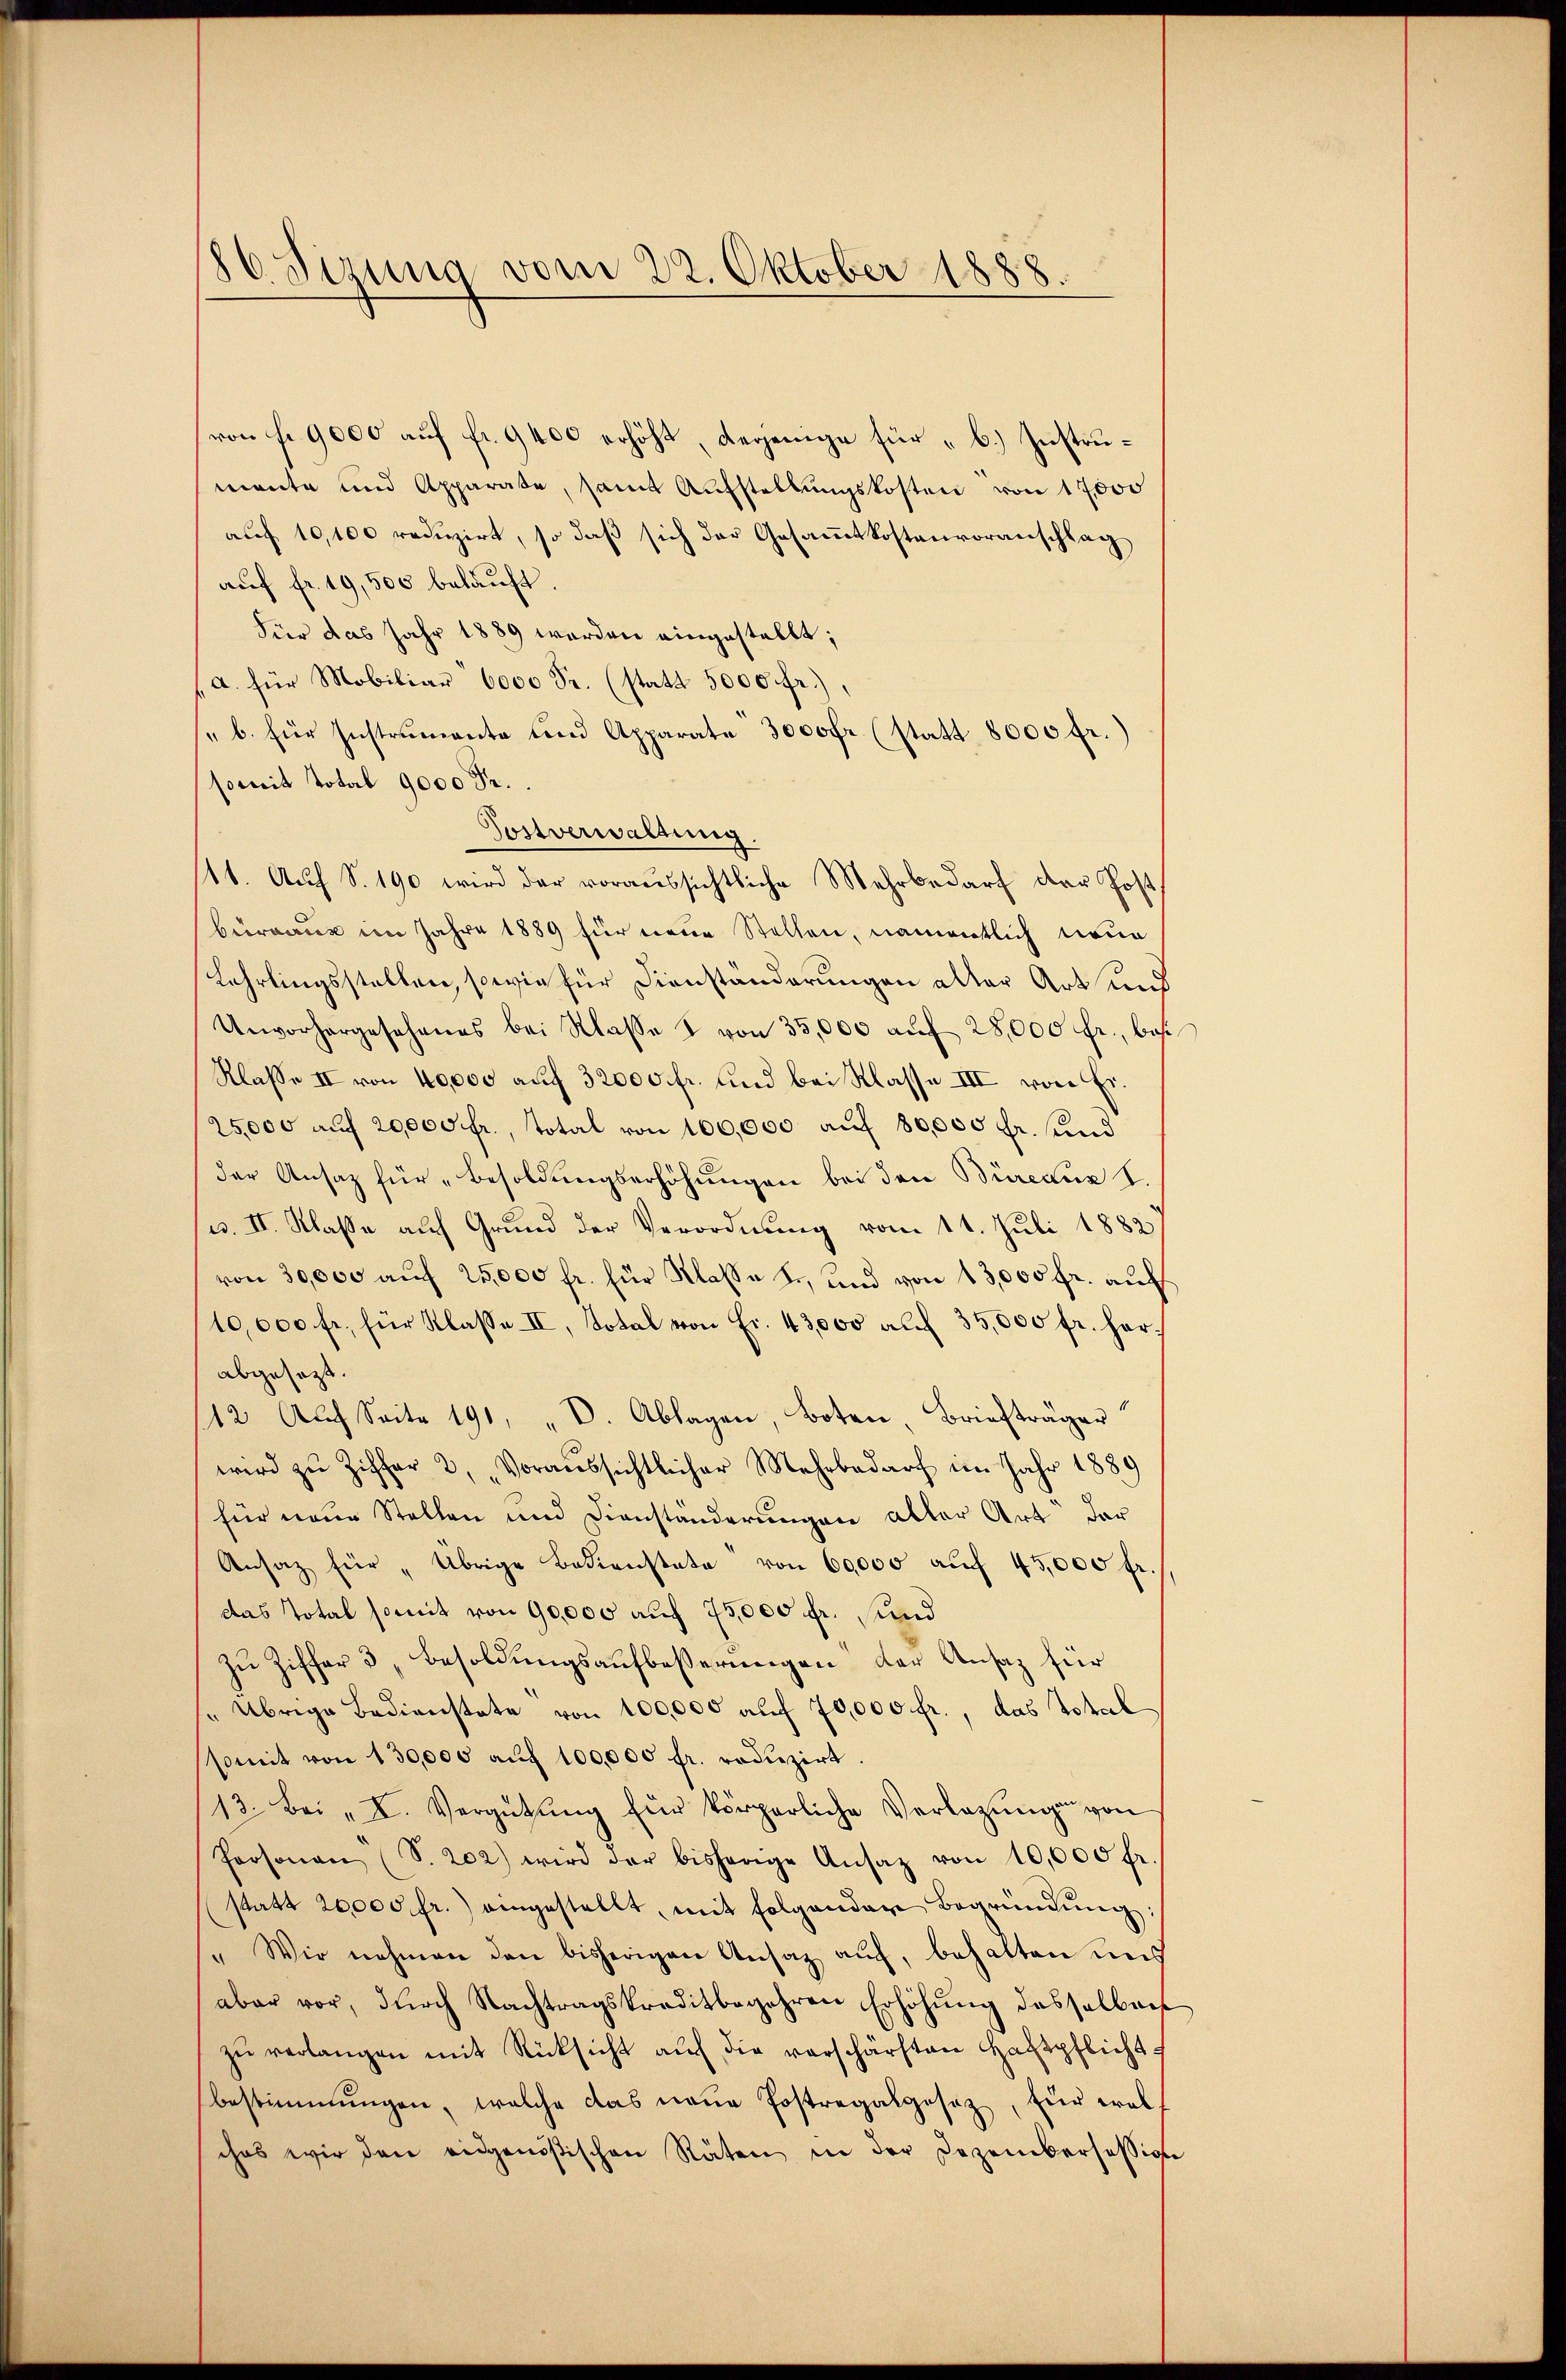
86. Sizung vom 22. Oktober 1888.

von fr. 9000 auf fr. 9400 erhöht, derjenige für „b.) Instrumante und Apparate, samt Aufstellŭngskosten von 17000
auf 10,100 reduzirt, so daß sich der Gesammtkostenvoranschlag
auf fr. 19,500 belauft.
Für das Jahr 1889 werden eingestellt;
/A. für Mobiliar 6000 Fr. (statt 5000 fr.),
" b. für Instrumente und Apparate 3000fr. (statt 8000 fr.)
somit Total 9000 Fr.
Sostverwaltung
11. Auf S. 190 wird der voraussichtliche Mehrbedarf der Postbureaux im Jahre 1889 für neue Stellen, namentlich neue
Lehrlingsstellen, sowie für Dienständerungen aller Art und
Unvorhergesehenes bei Klasse I von 35,000 aŭf 28,000 fr., bes
Klaße II von 40000 auf 32000 fr. und bei Klasse III von Ei¬
25,000 auf 20,000 fr., Total von 100,000 auf 80,000 Fr. und
der Ansatz für „Besoldungserhöhungen bei den Büreaux I.
pp. II. Klasse auf Grund der Verordnung vom 11. Juli 1882
von 30,000 auf 25,000 fr. für Klasse L., und von 13,000 fr. auf
10,000 fr. für Klasse II, Dotal von Fr. 43,000 auf 35,000 fr. herabgesezt.
12. Auf Seite 191, „V. Ablagen, boten, Briefträger
wird zu Ziffer 2, „voraussichtlicher Mehrbedarf im Jahr 1889
für neue Stellen und Dienständerungen aller Art der
Ansaz für „Übrige Bedienstate von 60000 auf 45,000 fr.
das Total somit von 90,000 auf 75,000 fr. und
Zu Ziffer 3, Besoldungsaufbesserungen der Ansatz für
Übrige Bedienstate von 100,000 auf 70,000 fr., das Total
somit von 130,000 aŭf 100,000 fr. redŭzirt.
13. Bei „ I. Vergütŭng für körperliche Verlegŭng von
Personen (S. 202) wird der bisherige Ansatz von 10,000 fr.
statt 20000 fr.) angestellt, mit folgender Begründŭng:
" Wir nehmen den bisherigen Ansatz auf, behalten und
aber vor, durch Nachtragskreditbegehren Erhöhung desselben
zŭ verlangen mit Rücksicht aŭf die verschärften Haftpflicht-
bestimmungen, welche das neue Postregalgesetz, für welches wir den eidgenößischen Räten in der Dezembersessig